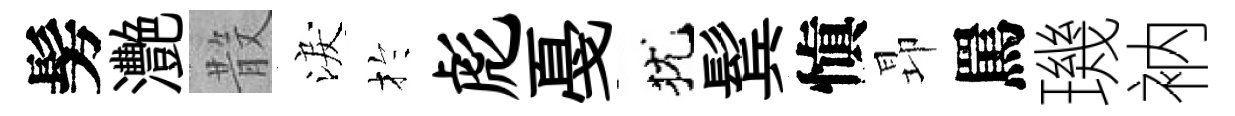
髣灧𣪚淚扵彪戞犹鬂愼昻罵璣衲